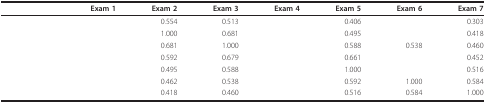
<table><thead><tr><td>[EMPTY_CELL]</td><td><b>Exam 1</b></td><td><b>Exam 2</b></td><td><b>Exam 3</b></td><td><b>Exam 4</b></td><td><b>Exam 5</b></td><td><b>Exam 6</b></td><td><b>Exam 7</b></td></tr></thead><tbody><tr><td>[EMPTY_CELL]</td><td>[EMPTY_CELL]</td><td>0.554</td><td>0.513</td><td>[EMPTY_CELL]</td><td>0.406</td><td>[EMPTY_CELL]</td><td>0.303</td></tr><tr><td>[EMPTY_CELL]</td><td>[EMPTY_CELL]</td><td>1.000</td><td>0.681</td><td>[EMPTY_CELL]</td><td>0.495</td><td>[EMPTY_CELL]</td><td>0.418</td></tr><tr><td>[EMPTY_CELL]</td><td>[EMPTY_CELL]</td><td>0.681</td><td>1.000</td><td>[EMPTY_CELL]</td><td>0.588</td><td>0.538</td><td>0.460</td></tr><tr><td>[EMPTY_CELL]</td><td>[EMPTY_CELL]</td><td>0.592</td><td>0.679</td><td>[EMPTY_CELL]</td><td>0.661</td><td>[EMPTY_CELL]</td><td>0.452</td></tr><tr><td>[EMPTY_CELL]</td><td>[EMPTY_CELL]</td><td>0.495</td><td>0.588</td><td>[EMPTY_CELL]</td><td>1.000</td><td>[EMPTY_CELL]</td><td>0.516</td></tr><tr><td>[EMPTY_CELL]</td><td>[EMPTY_CELL]</td><td>0.462</td><td>0.538</td><td>[EMPTY_CELL]</td><td>0.592</td><td>1.000</td><td>0.584</td></tr><tr><td>[EMPTY_CELL]</td><td>[EMPTY_CELL]</td><td>0.418</td><td>0.460</td><td>[EMPTY_CELL]</td><td>0.516</td><td>0.584</td><td>1.000</td></tr></tbody></table>